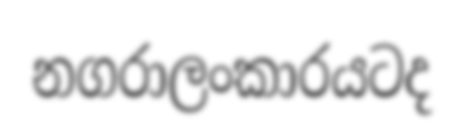
නගරාලංකාරයටද